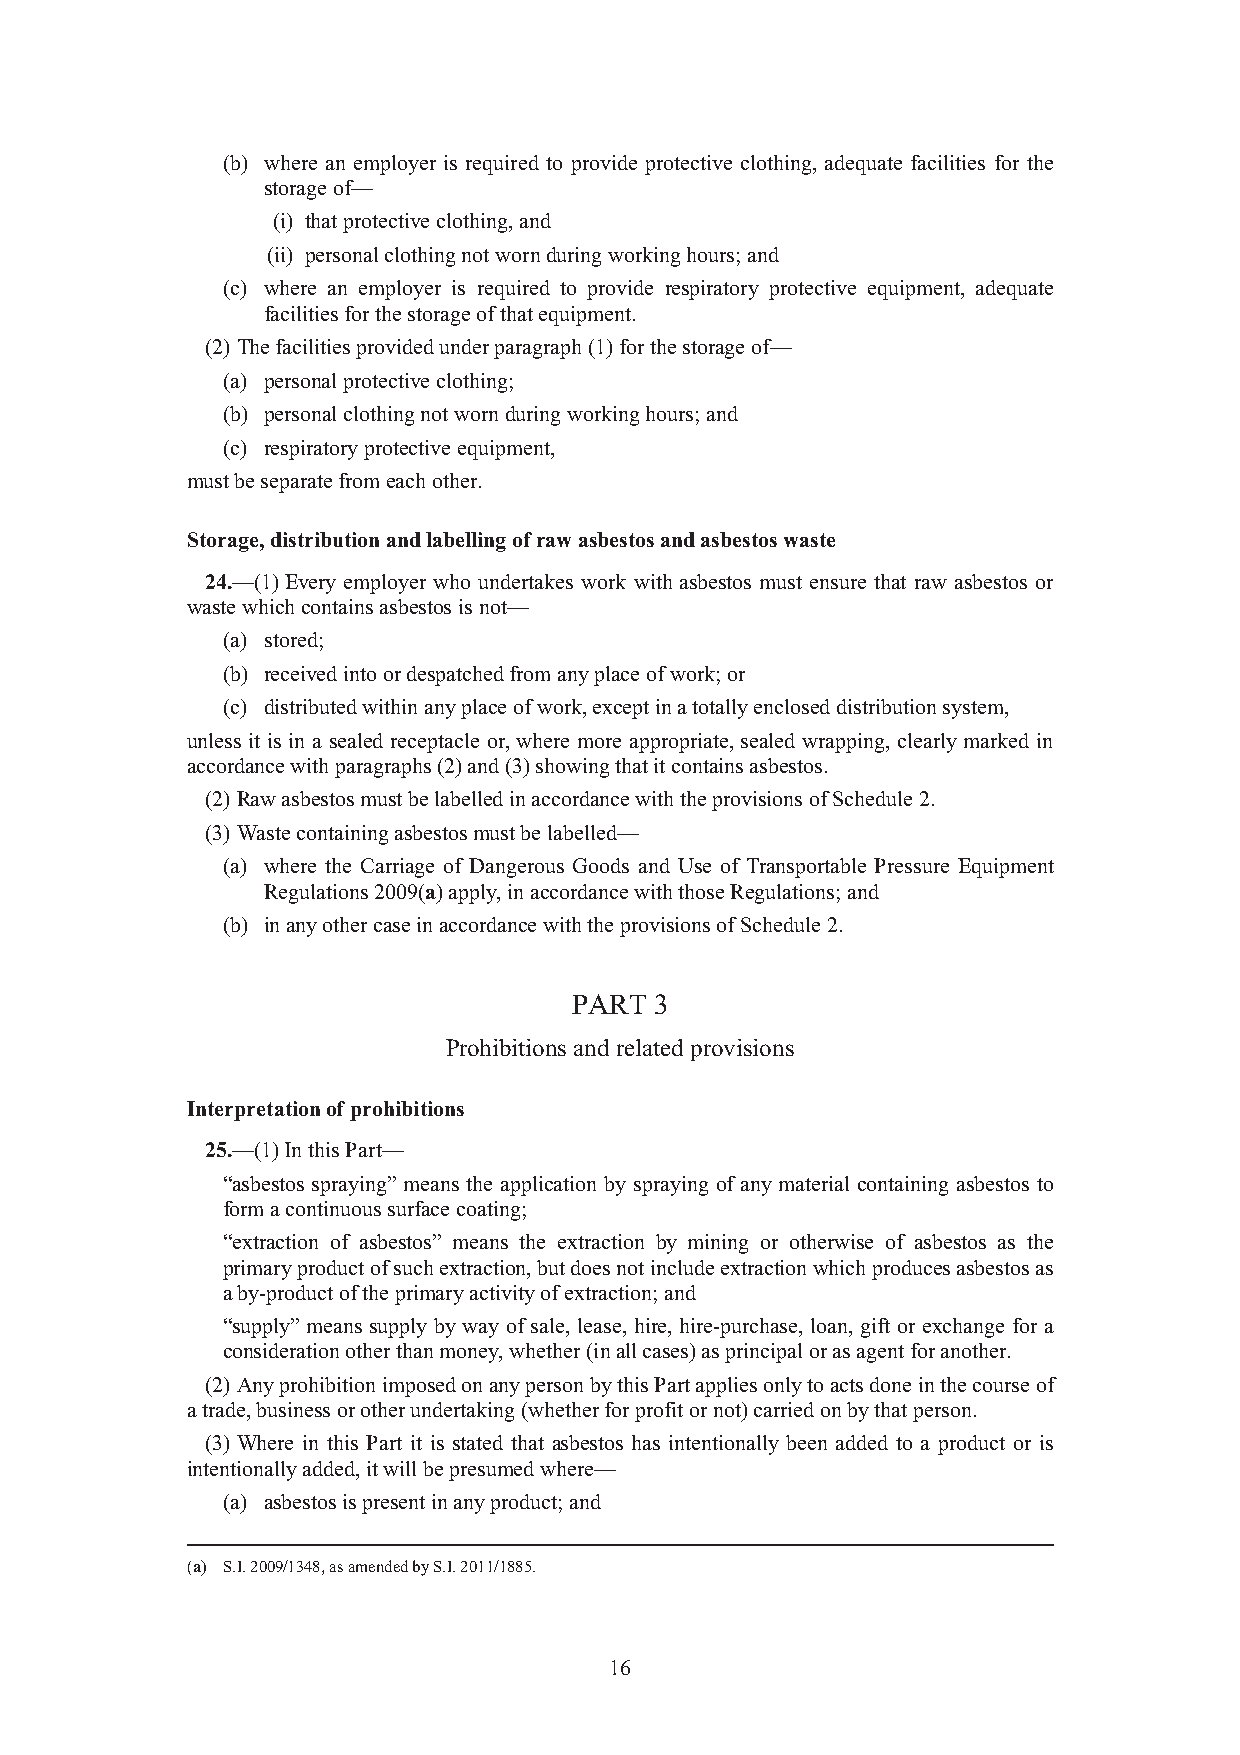
(b) where an employer is required to provide protective clothing, adequate facilities for the
 storage of—
 (i) that protective clothing, and
 (ii) personal clothing not worn during working hours; and
 (c) where an employer is required to provide respiratory protective equipment, adequate
 facilities for the storage of that equipment.
 (2) The facilities provided under paragraph (1) for the storage of—
 (a) personal protective clothing;
 (b) personal clothing not worn during working hours; and
 (c) respiratory protective equipment,
 must be separate from each other.
 Storage, distribution and labelling of raw asbestos and asbestos waste
 24.—(1) Every employer who undertakes work with asbestos must ensure that raw asbestos or
 waste which contains asbestos is not—
 (a) stored;
 (b) received into or despatched from any place of work; or
 (c) distributed within any place of work, except in a totally enclosed distribution system,
 unless it is in a sealed receptacle or, where more appropriate, sealed wrapping, clearly marked in
 accordance with paragraphs (2) and (3) showing that it contains asbestos.
 (2) Raw asbestos must be labelled in accordance with the provisions of Schedule 2.
 (3) Waste containing asbestos must be labelled—
 (a) where the Carriage of Dangerous Goods and Use of Transportable Pressure Equipment
 Regulations 2009(a) apply, in accordance with those Regulations; and
 (b) in any other case in accordance with the provisions of Schedule 2.
 PART 3
 Prohibitions and related provisions
 Interpretation of prohibitions
 25.—(1) In this Part—
 “asbestos spraying” means the application by spraying of any material containing asbestos to
 form a continuous surface coating;
 “extraction of asbestos” means the extraction by mining or otherwise of asbestos as the
 primary product of such extraction, but does not include extraction which produces asbestos as
 a by-product of the primary activity of extraction; and
 “supply” means supply by way of sale, lease, hire, hire-purchase, loan, gift or exchange for a
 consideration other than money, whether (in all cases) as principal or as agent for another.
 (2) Any prohibition imposed on any person by this Part applies only to acts done in the course of
 a trade, business or other undertaking (whether for profit or not) carried on by that person.
 (3) Where in this Part it is stated that asbestos has intentionally been added to a product or is
 intentionally added, it will be presumed where—
 (a) asbestos is present in any product; and
 (a) S.I. 2009/1348, as amended by S.I. 2011/1885.
 16